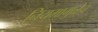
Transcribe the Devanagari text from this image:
नियमामुळेच